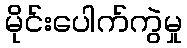
မိုင်းပေါက်ကွဲမှု